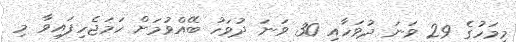
މިމަހުގެ 29 ވަނަ ދުވަހާއި 30 ވަނަ ދުވަހު ބޭއްވުމަށް ހަމަޖެހިފައިވާ މި